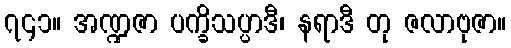
၇၄၁။ အဏ္ဍဇာ ပက္ခိသပ္ပာဒီ၊ နရာဒီ တု ဇလာဗုဇာ။